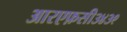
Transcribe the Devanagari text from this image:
आरएफ़सी३४३९